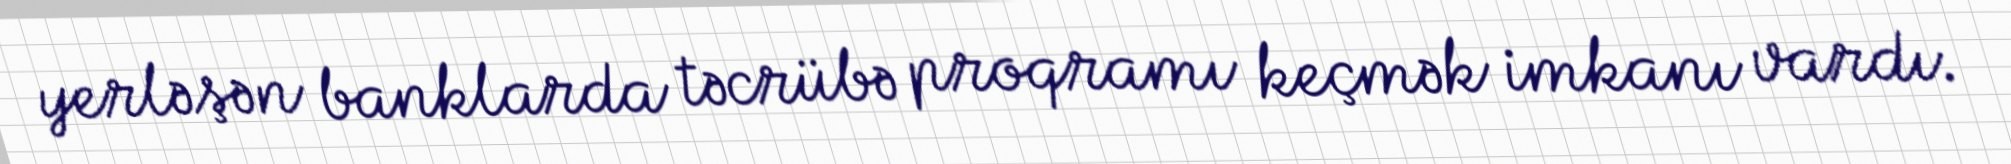
yerləşən banklarda təcrübə proqramı keçmək imkanı vardı.